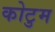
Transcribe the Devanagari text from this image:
कोटुम